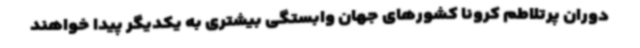
دوران پرتلاطم کرونا کشورهای جهان وابستگی بیشتری به یکدیگر پیدا خواهند